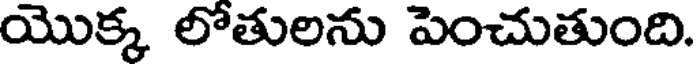
యొక్క లోతులను పెంచుతుంది.